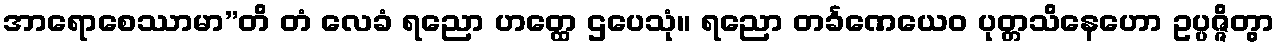
အာရောစေဿာမာ”တိ တံ လေခံ ရညော ဟတ္ထေ ဌပေသုံ။ ရညော တင်္ခဏေယေဝ ပုတ္တသိနေဟော ဥပ္ပဇ္ဇိတွာ